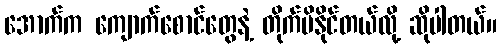
အောက်က ကျောက်စောင်တွေနဲ့ တိုက်မိနိုင်တယ်လို့ ဆိုပါတယ်။